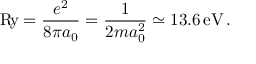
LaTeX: \mathrm { R \! y } = { \frac { e ^ { 2 } } { 8 \pi a _ { 0 } } } = { \frac { 1 } { 2 m a _ { 0 } ^ { 2 } } } \simeq 1 3 . 6 \, \mathrm { e V } \, .